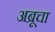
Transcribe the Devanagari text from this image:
अब्रूचा